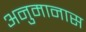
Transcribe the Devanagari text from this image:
अनुमानास